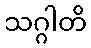
သဂ္ဂါတိ